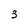
Character: 3